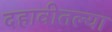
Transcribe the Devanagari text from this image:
दहावीतल्या